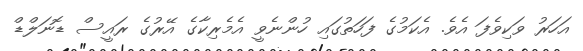
އަހަރު ވަކިވެފަ އެވެ. އެކަމުގެ ފަހަތުގައި ހުންނެވީ އެމެރިކާގެ އޭރުގެ ރައީސް ޑޮނަލްޑް